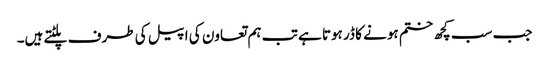
جب سب کچھ ختم ہونے کا ڈر ہوتا ہے تب ہم تعاون کی اپیل کی طرف پلٹتے ہیں۔